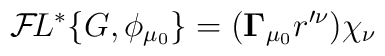
{\cal F}\!L^*\{G,\phi_{\mu_0} \} =({\bf \Gamma}_{\mu_0} r'^\nu) \chi_\nu